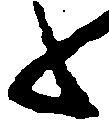
々